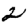
Digit: 2